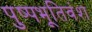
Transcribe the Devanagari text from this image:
पुष्पभूतिवंश